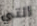
التي